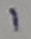
Text: 1